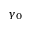
\gamma _ { 0 }